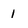
Character: 1